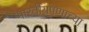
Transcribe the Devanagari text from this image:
भारतीयपणाच्या